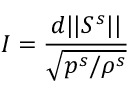
I = \frac { d \vert \vert \boldsymbol { S ^ { s } } \vert \vert } { \sqrt { p ^ { s } / \rho ^ { s } } }